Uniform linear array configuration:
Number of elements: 48
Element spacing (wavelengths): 0.25
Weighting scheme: hann
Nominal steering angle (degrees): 60
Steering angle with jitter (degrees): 58.042
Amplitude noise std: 0.05
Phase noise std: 0.05

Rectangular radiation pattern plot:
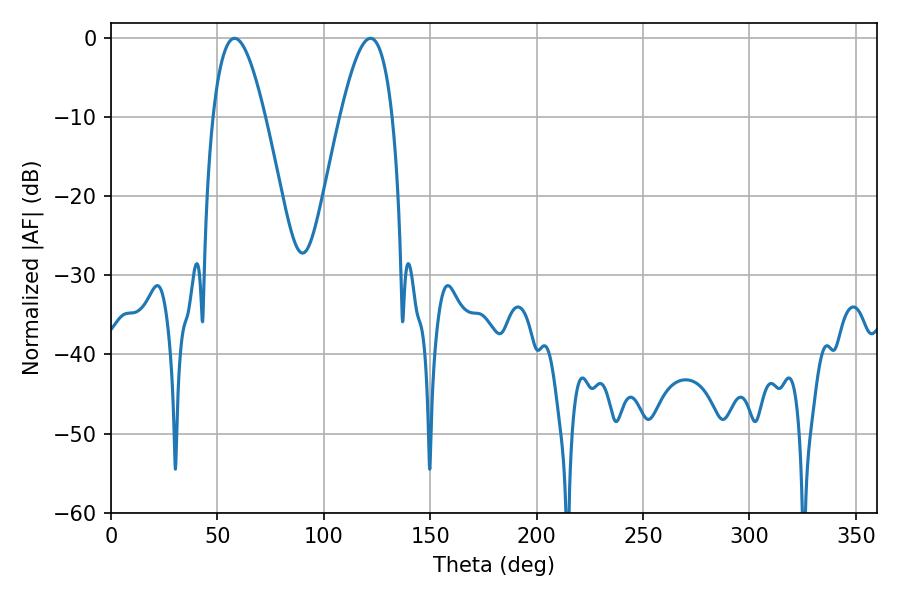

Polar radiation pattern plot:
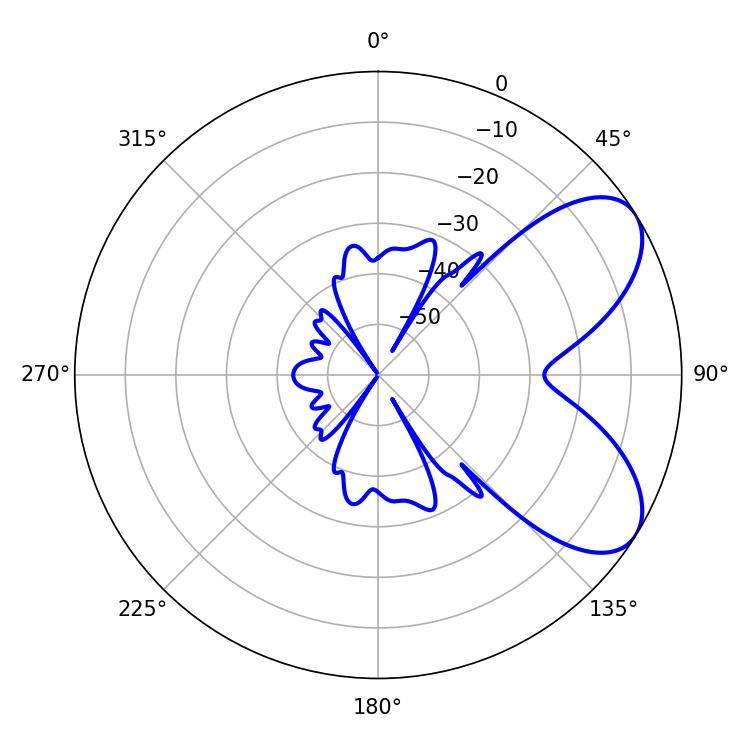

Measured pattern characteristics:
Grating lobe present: FALSE
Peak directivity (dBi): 6.656
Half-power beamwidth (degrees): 13.32
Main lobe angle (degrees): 58.14